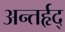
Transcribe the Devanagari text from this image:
अन्तर्हृद्‍